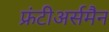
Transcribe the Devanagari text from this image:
फ्रंटीअर्समैन